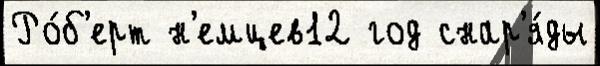
Ро́б'ерт н'емцев12 год снар'я́ды